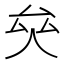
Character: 𠫯